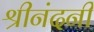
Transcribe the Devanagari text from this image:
श्रीनंदनी